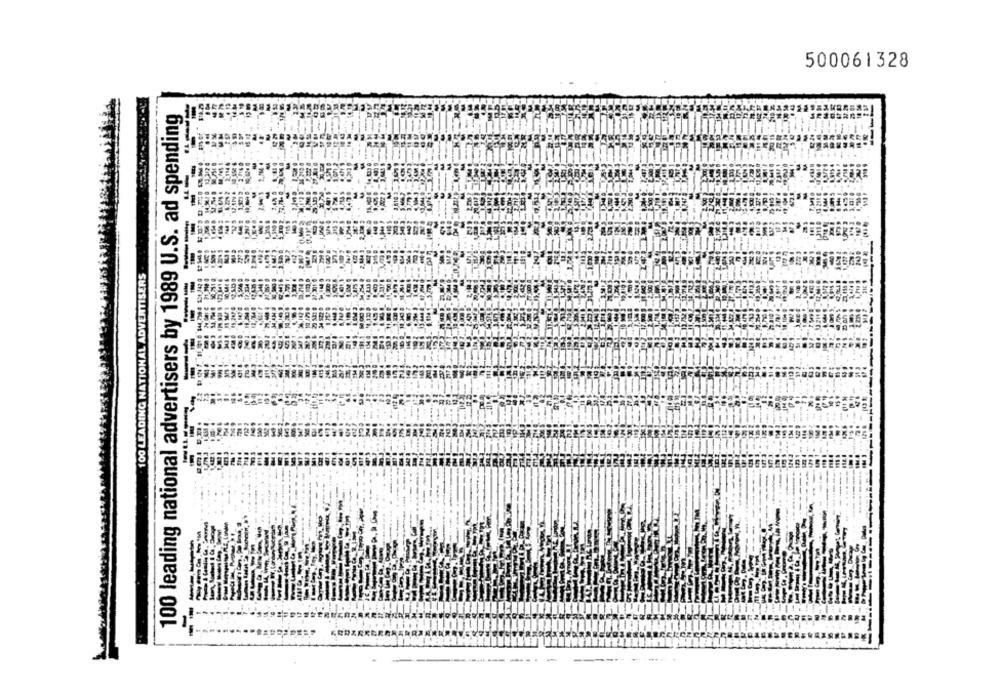
500061328
100 leading national advertisers by 1989 U.S. ad spending
100 LEADING NATIONAL ADVERTISERS
--
-